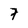
Character: 7